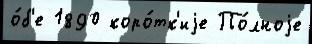
о́б'е 1890 коро́тк'иjе По́лноjе